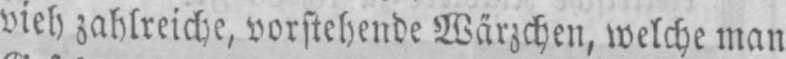
vieh, zahlreiche, vorstehende Wärzchen, welche man